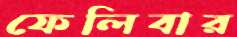
ফেলিবার